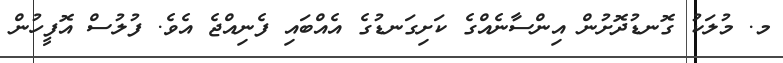
މ. މުލަކު ގޮނޑުދޮށުން އިންސާނެއްގެ ކަށިގަނޑުގެ އެއްބައި ފެނިއްޖެ އެވެ. ފުލުސް އޮފީހުން